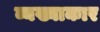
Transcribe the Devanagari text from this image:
व्यख्याकार